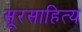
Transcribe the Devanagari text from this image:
सूरसाहित्य